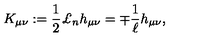
K _ { \mu \nu } : = \frac { 1 } { 2 } \mathrm { \pounds } _ { n } h _ { \mu \nu } = \mp \frac { 1 } { \ell } h _ { \mu \nu } ,